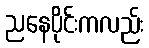
ညနေပိုင်းကလည်း